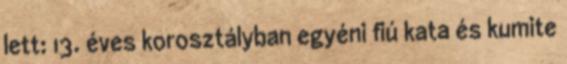
lett: 13. éves korosztályban egyéni fiú kata és kumite